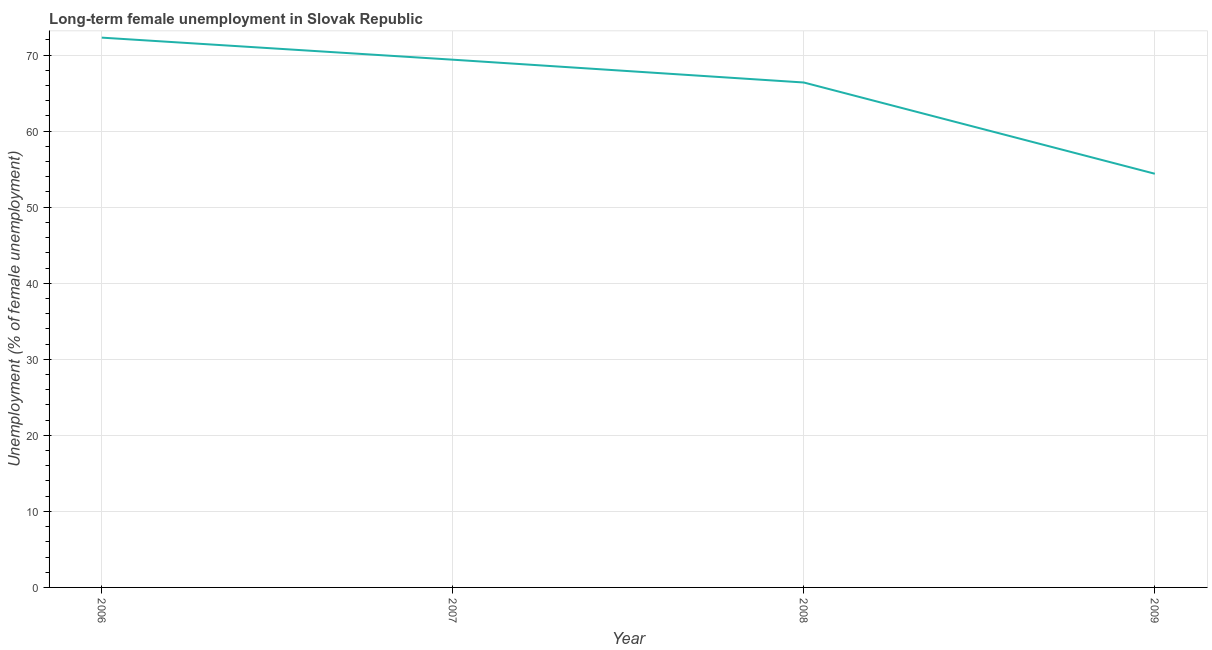
| Year | Long-term unemployment female |
 | --- | --- |
 | 2006 | 72.3 |
 | 2007 | 69.4 |
 | 2008 | 66.4 |
 | 2009 | 54.4 |